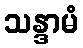
သန္ဒာမံ